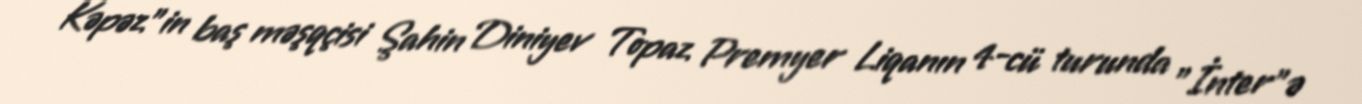
Kəpəz"in baş məşqçisi Şahin Diniyev Topaz Premyer Liqanın 4-cü turunda "İnter"ə